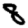
Digit: 8